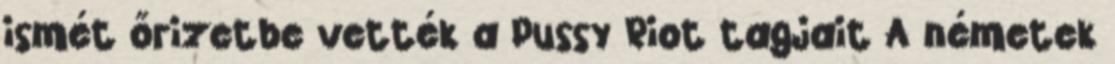
ismét őrizetbe vették a Pussy Riot tagjait A németek